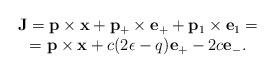
LaTeX: \begin{align*}\begin{array}{c} {\bf J}={\bf p}\times {\bf x} +{\bf p}_+\times {\bf e}_+ +{\bf p}_1\times {\bf e}_1= \\={\bf p}\times {\bf x} +c(2\epsilon -q){\bf e}_+ -2c{\bf e}_-.\end{array}\end{align*}